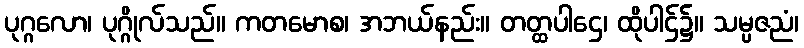
ပုဂ္ဂလော၊ ပုဂ္ဂိုလ်သည်။ ကတမောစ၊ အဘယ်နည်း။ တတ္ထပါဌေ၊ ထိုပါဌ်၌။ သမ္ပဇညံ၊